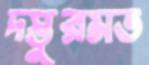
দস্তুরমত